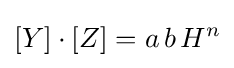
[Y]\cdot [Z]=a\,b\,H^{n}